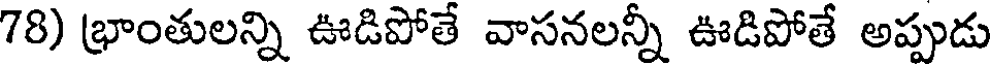
78) భ్రాంతులన్ని ఊడిపోతే వాసనలన్నీ ఊడిపోతే అప్పుడు